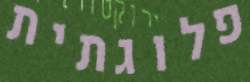
פלוגתית